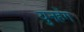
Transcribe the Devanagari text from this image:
युनहेंग